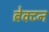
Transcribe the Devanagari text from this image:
ब्रेक्टन